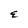
Character: E